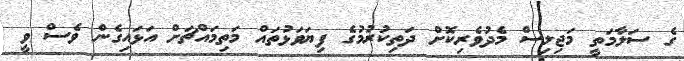
ގެ ސަލާމަތީ މަޖިލިސް މެދުވެރިކޮށް ދަތިކުރުމުގެ ފިޔަވަޅުތައް މަތިމައްޗަށް އަޅައިގެން ވެސް ވީ